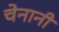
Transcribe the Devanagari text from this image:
चेनानी